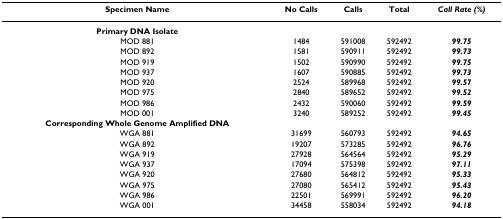
| Specimen Name | No Calls | Calls | Total | Call Rate (%) |
 | --- | --- | --- | --- | --- |
 | Primary DNA Isolate |  |  |  |  |
 | MOD 881 | 1484 | 591008 | 592492 | 99.75 |
 | MOD 892 | 1581 | 590911 | 592492 | 99.73 |
 | MOD 919 | 1502 | 590990 | 592492 | 99.75 |
 | MOD 937 | 1607 | 590885 | 592492 | 99.73 |
 | MOD 920 | 2524 | 589968 | 592492 | 99.57 |
 | MOD 975 | 2840 | 589652 | 592492 | 99.52 |
 | MOD 986 | 2432 | 590060 | 592492 | 99.59 |
 | MOD 001 | 3240 | 589252 | 592492 | 99.45 |
 | Corresponding Whole Genome Amplified DNA |  |  |  |  |
 | WGA 881 | 31699 | 560793 | 592492 | 94.65 |
 | WGA 892 | 19207 | 573285 | 592492 | 96.76 |
 | WGA 919 | 27928 | 564564 | 592492 | 95.29 |
 | WGA 937 | 17094 | 575398 | 592492 | 97.11 |
 | WGA 920 | 27680 | 564812 | 592492 | 95.33 |
 | WGA 975 | 27080 | 565412 | 592492 | 95.43 |
 | WGA 986 | 22501 | 569991 | 592492 | 96.20 |
 | WGA 001 | 34458 | 558034 | 592492 | 94.18 |